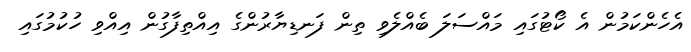
އެހެންކަމުން އެ ކޯޓުގައި މައްސަލަ ބެއްލެވި ތިން ފަނޑިޔާރުންގެ އިއްތިފާގުން އިއްވި ހުކުމުގައި